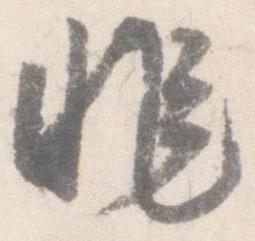
非